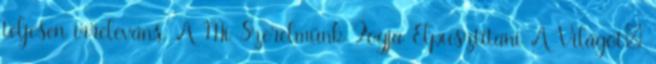
teljesen irreleváns. A Mi Szerelmünk Fogja Elpusztítani A Világot: